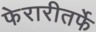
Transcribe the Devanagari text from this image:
फेरारीतर्फे